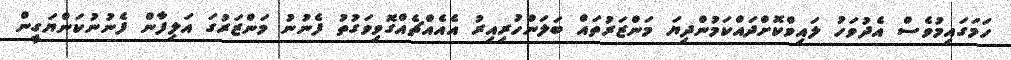
ހަމަގައިމުވެސް އެދުވަހު ލައިވްކޮށްދައްކަމުންދިޔަ މަންޒަރުތައް ބަލަންހުރިއިރު އެއެއްޗެއްގޮވިވަގުތު ފެނުނު މަންޒަރުގަ އަލިފާން ފެނުނުކަންޔަގީން